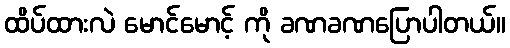
ထိပ်ထားလဲ မောင်မောင့် ကို ခဏခဏပြောပါတယ်။